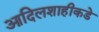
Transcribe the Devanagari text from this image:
आदिलशाहीकडे